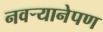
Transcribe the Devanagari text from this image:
नवर्‍यानेपण